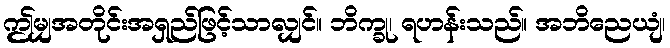
ဤမျှအတိုင်းအရှည်ဖြင့်သာလျှင်။ ဘိက္ခု၊ ရဟန်းသည်။ အဘိညေယျံ၊